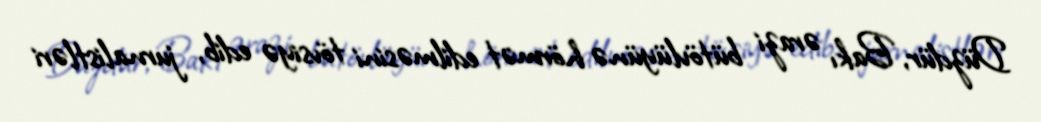
Düzdür, Bakı ərazi bütövlüyünə hörmət edilməsini tövsiyə edib, jurnalistləri